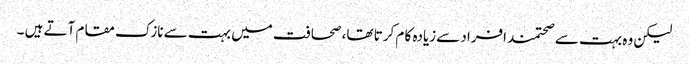
لیکن وہ بہت سے صحتمند افراد سےزیادہ کا م کرتا تھا، صحافت میں بہت سے نازک مقام آتے ہیں ۔